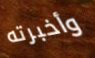
وأخبرته